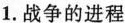
1.战争的进程